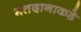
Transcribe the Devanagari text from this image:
मतदानाकडे